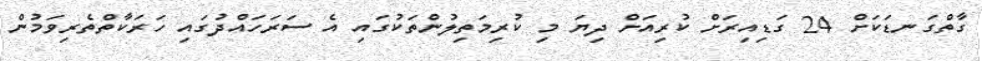
ގާތްގަނޑަކަށް 24 ގަޑިއިރަށް ކުރިއަށް ދިޔަ މި ކުރިމަތިލުންތަކުގައި އެ ސަރަހައްދުގައި ހަރަކާތްތެރިވަމުން